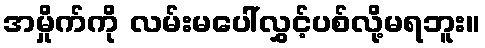
အမှိုက်ကို လမ်းမပေါ်လွှင့်ပစ်လို့မရဘူး။